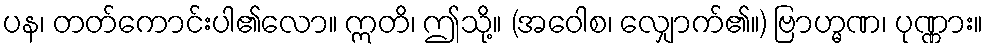
ပန၊ တတ်ကောင်းပါ၏လော။ ဣတိ၊ ဤသို့။ (အဝေါစ၊ လျှောက်၏။) ဗြာဟ္မဏ၊ ပုဏ္ဏား။